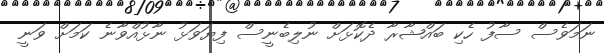
ނަމަވެސް ސާފު ހެކި ބައްޝާރާ ދެކޮޅަށް ނުލިބެނީސް ފިޔަވަޅު ނާޅުއްވާނެ ކަމަށް ވަނީ